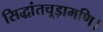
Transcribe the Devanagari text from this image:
सिद्धांतचूड़ामणि।